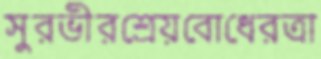
সুরভীরশ্রেয়বোধেরত্রা